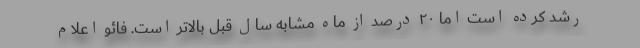
رشد کرده است اما ۲۰ درصد از ماه مشابه سال قبل بالاتر است. فائو اعلام